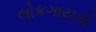
લોકગાયકો